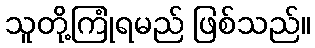
သူတို့ကြုံရမည် ဖြစ်သည်။